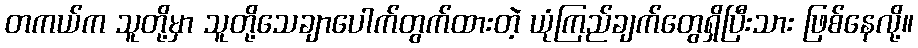
တကယ်က သူတို့မှာ သူတို့သေချာပေါက်တွက်ထားတဲ့ ယုံကြည်ချက်တွေရှိပြီးသား ဖြစ်နေလို့။